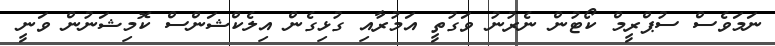
ނަމަވެސް ސުޕްރީމް ކޯޓުން ނެރުނު ވަގުތީ އަމުރާއި ގުޅިގެން އިލެކްޝަންސް ކޮމިޝަނުން ވަނީ